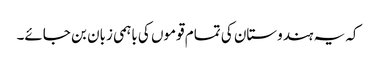
کہ یہ ہندوستان کی تمام قوموں کی باہمی زبان بن جائے۔